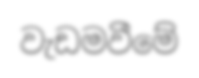
වැඩමවීමේ